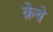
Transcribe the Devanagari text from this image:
क्रेबे